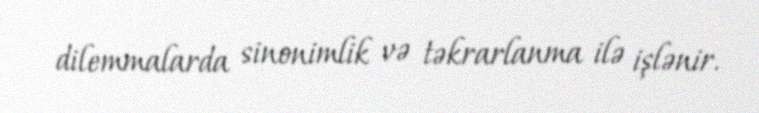
dilemmalarda sinonimlik və təkrarlanma ilə işlənir.